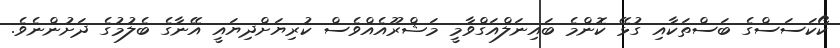
ކޯކަސަސްގެ ބަސްތަކާއި ގުޅޭ ކޮންމެ ބައިނަލްއަގްވާމީ މަޝްރޫއެއްވެސް ކުރިޔަށްދިޔައީ އޭނާގެ ބެލުމުގެ ދަށުންނެވެ.